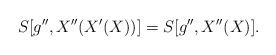
LaTeX: \begin{align*}S[g'',X''(X'(X))] = S[g'',X''(X)].\end{align*}